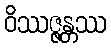
ဝိဿဇ္ဇန္တဿ